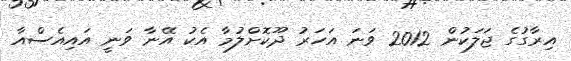
އިރާގުގެ ޖަލަކުން 2012 ވަނަ އަހަރު ދޫކޮށްލުމާ އެކު އޭނާ ވަނީ އައިއެސްއާ